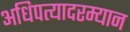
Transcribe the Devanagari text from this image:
अधिपत्यादरम्यान